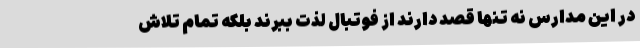
در این مدارس نه تنها قصد دارند از فوتبال لذت ببرند بلکه تمام تلاش